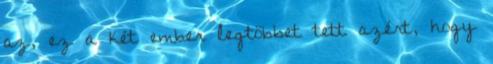
az, ez a két ember legtöbbet tett azért, hogy